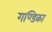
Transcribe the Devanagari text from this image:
गण्डिका